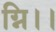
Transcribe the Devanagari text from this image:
ग्नि।।